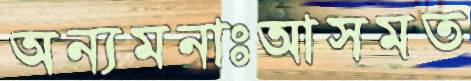
অন্যমনাঃআসমত